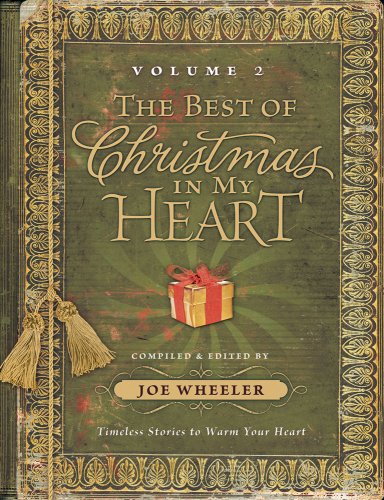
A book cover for The Best of Christmas in my Heart Volume 2: Timeless Stories to Warm Your Heart (Best Christmas in My Heart); Christian Books & Bibles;